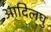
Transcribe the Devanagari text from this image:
आदिलघु